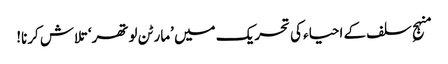
منہجِ سلف کے احیاء کی تحریک میں ’مارٹن لوتھر‘ تلاش کرنا!